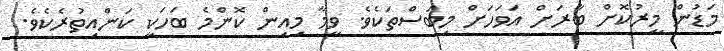
މަޑުން މީރުކޮށް ބާރަށް އަވަހަށް މިބަސްތަކެވެ. ވީމާ މިއިން ކޮންމެ ބަހަކީ ކަންއިތުރެކެވެ.